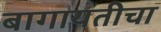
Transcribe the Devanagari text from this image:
बागायतीचा